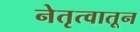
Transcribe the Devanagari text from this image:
नेतृत्वातून